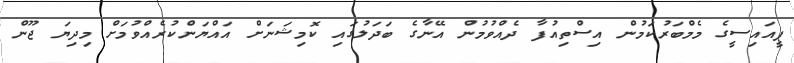
ޕީއައިސީގެ މެމްބަރުކަމުން އިސްތިއުފާ ދެއްވުމުން އޭނާގެ ބަދަލުގައި ކޮމިޝަނަށް އައްޔަންކުރެއްވުމަށް މިދިޔަ ޖޫން